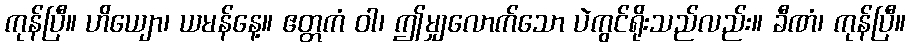
ကုန်ပြီ။ ဟိယျော၊ ယမန်နေ့။ ဧတ္တကံ ဝါ၊ ဤမျှလောက်သော ပဲကွင်ရိုးသည်လည်း။ ခီဏံ၊ ကုန်ပြီ။